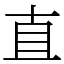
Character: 直